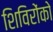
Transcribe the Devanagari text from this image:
शिविरोंको